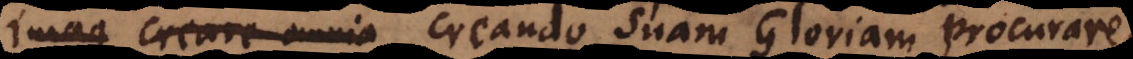
imag creare omnia creando suam Gloriam procurare,